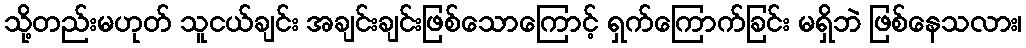
သို့တည်းမဟုတ် သူငယ်ချင်း အချင်းချင်းဖြစ်သောကြောင့် ရှက်ကြောက်ခြင်း မရှိဘဲ ဖြစ်နေသလား၊